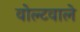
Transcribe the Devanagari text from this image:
वोल्टवाले